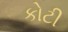
કોટી